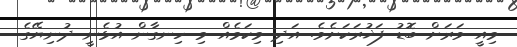
މިއީ ވަރަށް ބޮޑު ފަޚުރަކަށެވެ. އަދި މިކަމެއް މި ހިނގާން އުޅެނީ ދުނިޔޭގެ